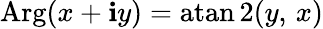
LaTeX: \operatorname{Arg}(x+\mathbf{i}y)=\operatorname{atan2}(y,\, x)